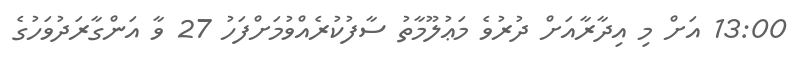
13:00 އަށް މި އިދާރާއަށް ދުރުވެ މަޢުލޫމާތު ސާފުކުރެއްވުމަށްފަހު 27 ވާ އަންގާރަދުވަހުގެ